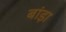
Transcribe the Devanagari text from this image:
बांड़ा